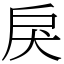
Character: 戾